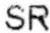
SR